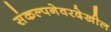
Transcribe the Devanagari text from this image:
संकल्पनेवरदेखील